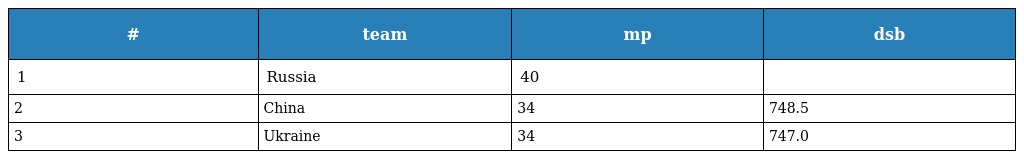
| # | team | mp | dsb |
 | --- | --- | --- | --- |
 | 1 | Russia | 40 |  |
 | 2 | China | 34 | 748.5 |
 | 3 | Ukraine | 34 | 747.0 |